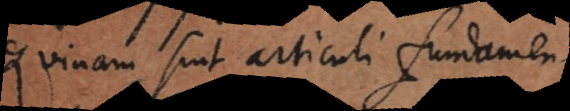
Quinam sint articuli fundamentales.